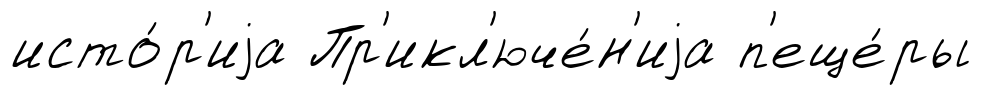
исто́р'иjа Пр'икл'юче́н'иjа п'еще́ры